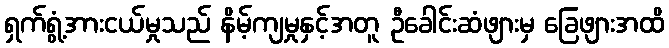
ရှက်ရွံ့အားငယ်မှုသည် နိမ့်ကျမှုနှင့်အတူ ဦခေါင်းဆံဖျားမှ ခြေဖျားအထိ